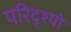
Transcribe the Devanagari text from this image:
परिदृश्‍यो